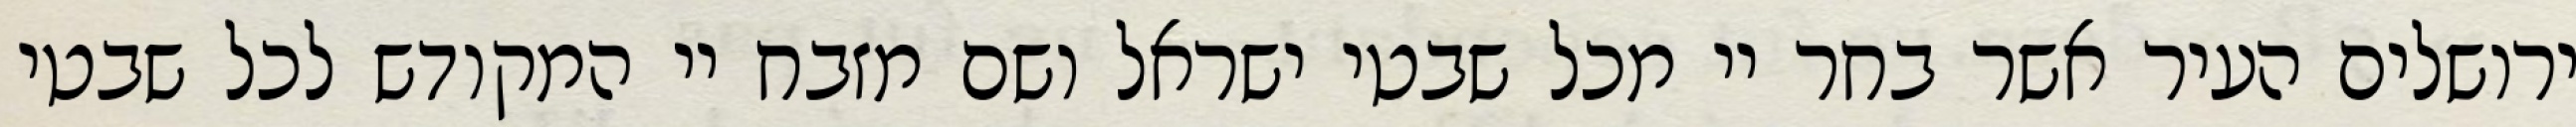
ירושלים העיר אשר בחר יי מכל שבטי ישראל ושם מזבח יי המקודש לכל שבטי